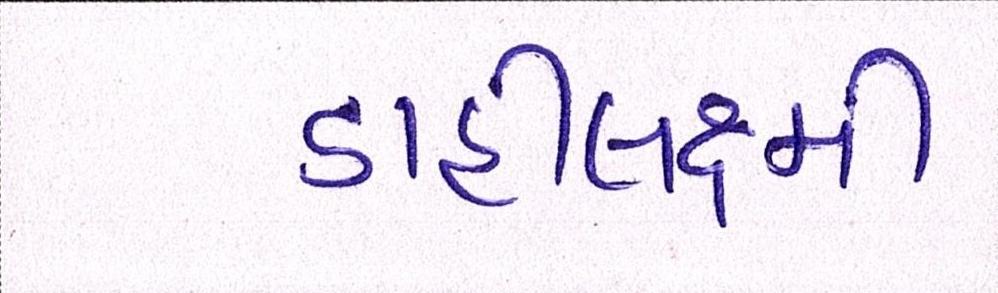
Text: ડાહીલક્ષ્મી